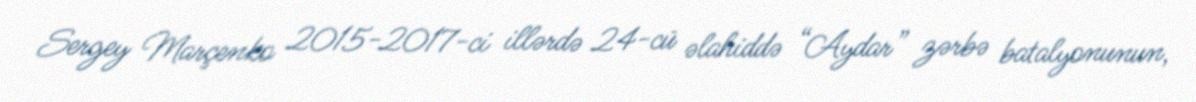
Sergey Marçenko 2015-2017-ci illərdə 24-cü əlahiddə “Aydar” zərbə batalyonunun,